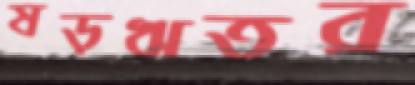
ষড়ঋতুর